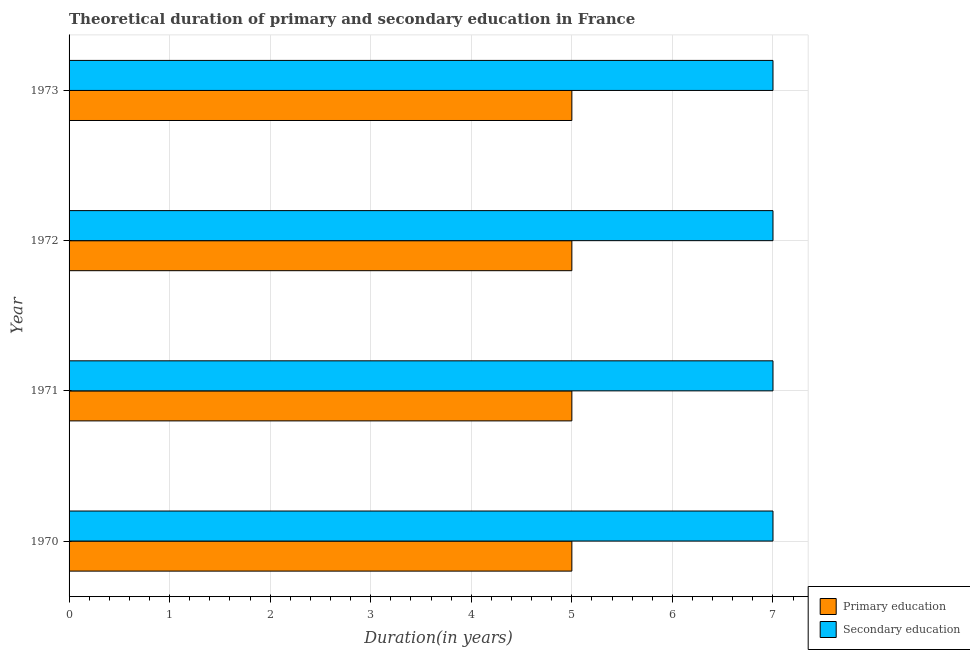
| Year | Primary education | Secondary education |
 | --- | --- | --- |
 | 1970 | 5 | 7 |
 | 1971 | 5 | 7 |
 | 1972 | 5 | 7 |
 | 1973 | 5 | 7 |